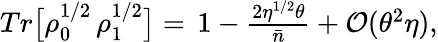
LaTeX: \begin{array}{r}{Tr\big[{\rho}_{0}^{1/2}\, \rho_{1}^{1/2}\big]=\, 1-\frac{2\eta^{1/2}\theta}{\bar{n}}+\mathcal{O}(\theta^{2}\eta),}\end{array}